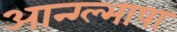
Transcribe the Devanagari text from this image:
आन्ग्ल्भाषा